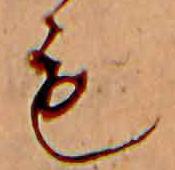
も